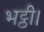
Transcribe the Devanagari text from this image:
भट्ठी।